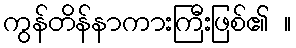
ကွန်တိန်နာကားကြီးဖြစ်၏ ။